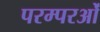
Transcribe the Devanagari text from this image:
परम्परओं